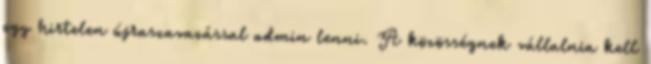
egy hirtelen újraszavazással admin lenni. A közösségnek vállalnia kell